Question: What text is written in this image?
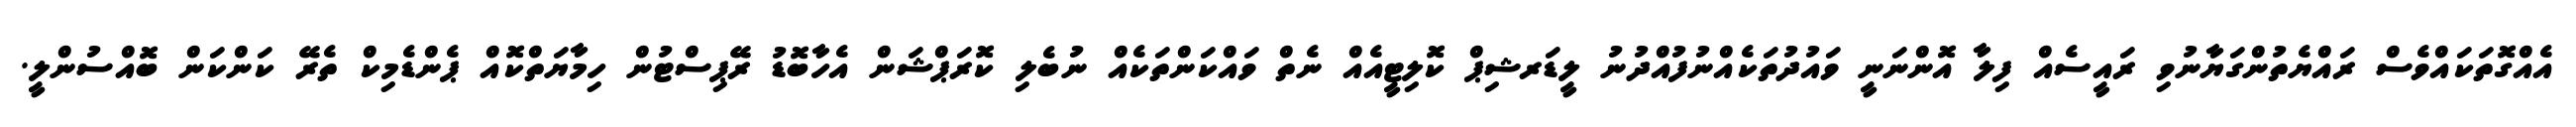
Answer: އެއްގޮތަކައްވެސް ރައްޔެތުންގަޔާނުވި ރައީސެއް ފިލާ އޮންނަނީ ވައުދުތަކެއްނުފުއްދުނު ލީޑަރޝިޕް ކޮލިޓީއެއް ނެތް ވައްކަންތަކެއް ނުބެލި ކޮރަޕްޝަން އެހާބޮޑު ރޭޕިސްޓުން ހިމާޔަތްކޮއް ޕެންޑެމިކް ތެރޭ ކަންކަން ބޮއްސުންލީ.